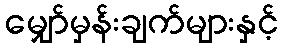
မျှော်မှန်းချက်များနှင့်